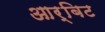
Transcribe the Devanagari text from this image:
आर्बिट